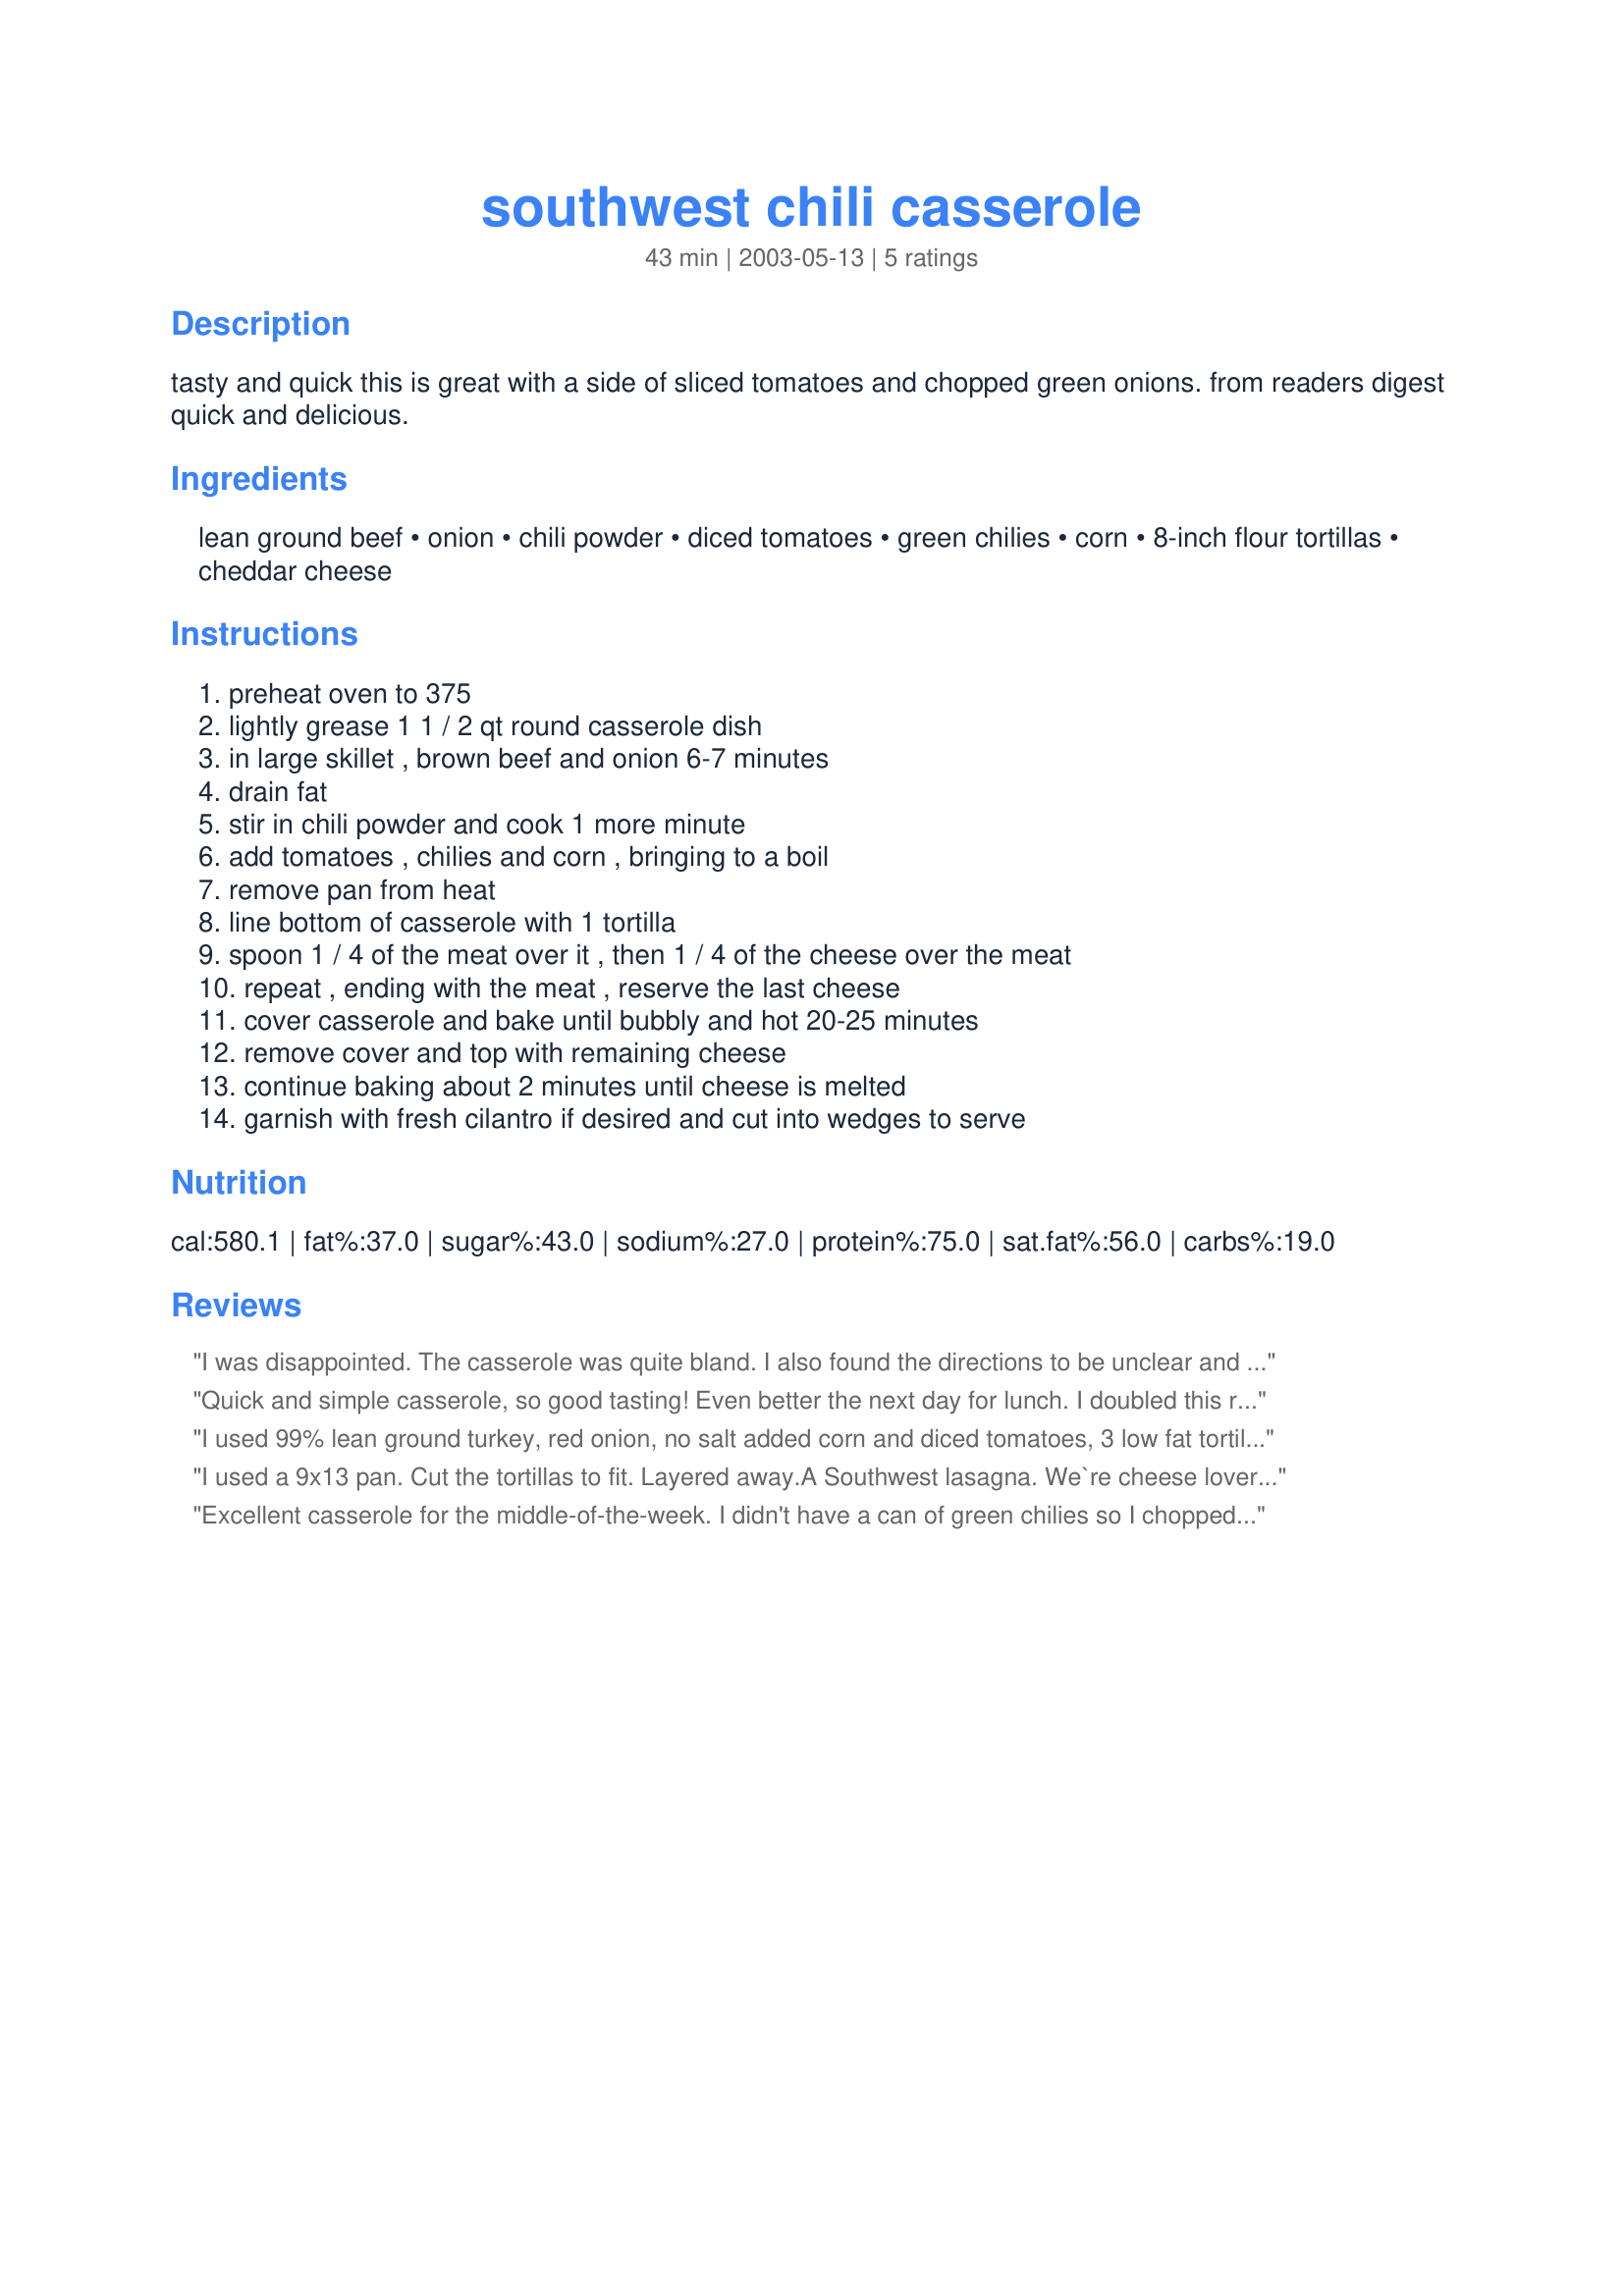
southwest chili casserole
Preparation time: 43 minutes

tasty and quick this is great with a side of sliced tomatoes and chopped green onions. from readers digest quick and delicious.

Ingredients:
lean ground beef, onion, chili powder, diced tomatoes, green chilies, corn, 8-inch flour tortillas, cheddar cheese

Steps:
preheat oven to 375, lightly grease 1 1 / 2 qt round casserole dish, in large skillet , brown beef and onion 6-7 minutes, drain fat, stir in chili powder and cook 1 more minute, add tomatoes , chilies and corn , bringing to a boil, remove pan from heat, line bottom of casserole with 1 tortilla, spoon 1 / 4 of the meat over it , then 1 / 4 of the cheese over the meat, repeat , ending with the meat , reserve the last cheese, cover casserole and bake until bubbly and hot 20-25 minutes, remove cover and top with remaining cheese, continue baking about 2 minutes until cheese is melted, garnish with fresh cilantro if desired and cut into wedges to serve

Reviews:
I was disappointed. The casserole was quite bland. I also found the directions to be unclear and confusing. For example, step 6 tells you to add the drained vegetables and then bring the mixture to a boil, but there was virtually no liquid. Also if I used only 2 tortillas, how could I layer this mixture four times? Sorry, I wish this were a rave review.
Quick and simple casserole, so good tasting! Even better the next day for lunch. I doubled this recipe and used a bit of ground turkey with ground round. The green chilies I only used about half the amount and did double the cheese. Also made JanetChristo's Easy Basic Enchilada Sauce Recipe #138711 to serve along with the casserole.

I used 99% lean ground turkey, red onion, no salt added corn and diced tomatoes, 3 low fat tortillas and fat free shredded mozzarella cheese. I added cumin, garlic powder, tomato bouillon and cayenne pepper for spice. Thank you for the recipe.
I used a 9x13 pan. Cut the tortillas to fit. Layered away.A Southwest lasagna. We`re cheese lovers so I doubled the cheese!
So very good.
Excellent casserole for the middle-of-the-week. I didn't have a can of green chilies so I chopped up two fresh green chilies instead--very good with just enough heat for us. We had this with Lazy Family Fruity Salad recipe#27260, corn bread and Chocolate-Orange Marmalade Brownies recipe#64575 for desert. Delicious dinner. We will be making this again soon.
